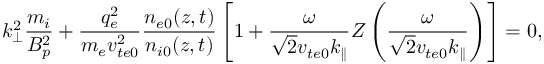
k _ { \perp } ^ { 2 } \frac { m _ { i } } { B _ { p } ^ { 2 } } + \frac { q _ { e } ^ { 2 } } { m _ { e } v _ { t e 0 } ^ { 2 } } \frac { n _ { e 0 } ( z , t ) } { n _ { i 0 } ( z , t ) } \left[ 1 + \frac { \omega } { \sqrt { 2 } v _ { t e 0 } k _ { \parallel } } Z \left( \frac { \omega } { \sqrt { 2 } v _ { t e 0 } k _ { \parallel } } \right) \right] = 0 ,